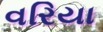
વરિયા